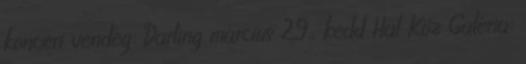
koncert vendég: Darling március 29., kedd Hal Köz Galéria: